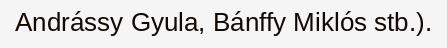
Andrássy Gyula, Bánffy Miklós stb.).